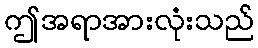
ဤအရာအားလုံးသည်